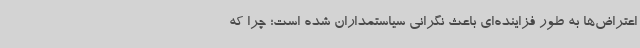
اعتراض‌ها به طور فزاینده‌ای باعث نگرانی سیاستمداران شده است؛ چرا که